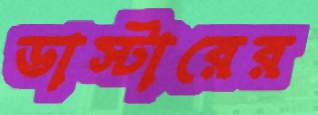
ডাস্টারের